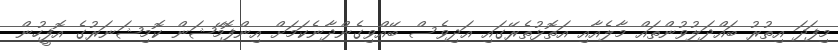
މިފަދަ އިތުރު ބައްދަލުވުންތައް މާލެއާއި އަތޮޅުތެރޭގައި އަދިވެސް ބޭއްވިގެންދާނެކަމަށް އިންފޮމޭޝަން ކޮމިޝަނަރުގެ އޮފީހުން